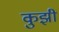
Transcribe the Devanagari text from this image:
कुझी